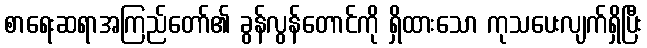
စာရေးဆရာအကြည်တော်၏ ခွန်လွန်တောင်ကို ရှိထားသော ကုသပေးလျက်ရှိပြီး